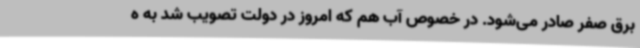
برق صفر صادر می‌شود. در خصوص آب هم که امروز در دولت تصویب شد به ه